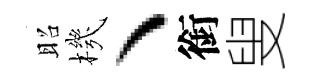
昭機丶銜叟